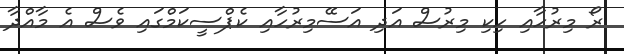
ރޯ މިރުހާއި ހިކި މިރުސް އަދި އަސޭމިރުހާއި ކެޕްސީކަމްގައި ވެސް އެ މާއްދާ